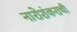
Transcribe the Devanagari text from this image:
नारोशंकराची